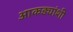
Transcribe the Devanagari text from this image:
आकड्यांशी